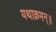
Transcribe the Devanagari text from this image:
यथाक्रमन्॥